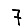
Digit: 7